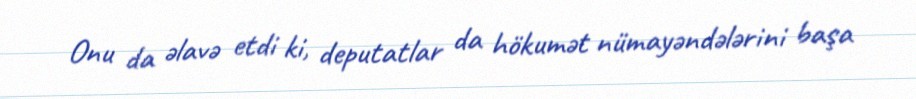
Onu da əlavə etdi ki, deputatlar da hökumət nümayəndələrini başa